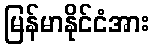
မြန်မာနိုင်ငံအား